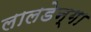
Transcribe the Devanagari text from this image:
लालडेन्गा